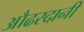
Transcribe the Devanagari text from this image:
औढरदानी